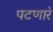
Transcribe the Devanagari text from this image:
पटणारे